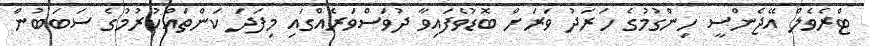
ޓްރެވެލް އޭޖެންސީ ހިންގުމުގެ ހަރަދު ވަރަށް ބޮޑުވެފައިވާ ދުވަސްވަރެއްގައި މިފަދަ ކަންތައްކުރުމުގެ ސަބަބުން